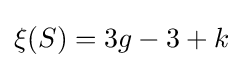
\xi (S)=3g-3+k